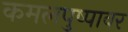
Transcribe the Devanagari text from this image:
कमलपुष्पावर